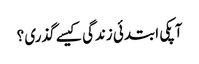
آپکی ابتدئی زندگی کیسے گذری ؟